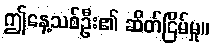
ဤနေ့သစ်ဦး၏ ဆိတ်ငြိမ်မှု။